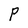
Character: P